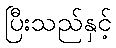
ပြီးသည်နှင့်